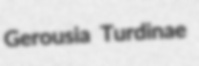
Gerousia Turdinae